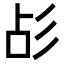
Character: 㣌